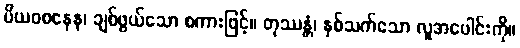
ပိယဝစနေန၊ ချစ်ဖွယ်သော စကားဖြင့်။ တုဿန္တံ၊ နှစ်သက်သော လူအပေါင်းကို။